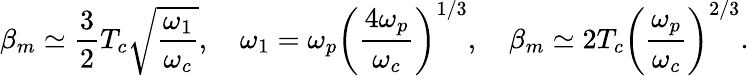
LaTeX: \displaystyle{\beta_{m}\simeq\frac{3}{2}T_{c}\sqrt{\frac{\omega_{1}}{\omega_{c}}},\quad\omega_{1}=\omega_{p}\left(\frac{4\omega_{p}}{\omega_{c}}\right)^{1/3},\quad\beta_{m}\simeq 2T_{c}\left(\frac{\omega_{p}}{\omega_{c}}\right)^{2/3}}.